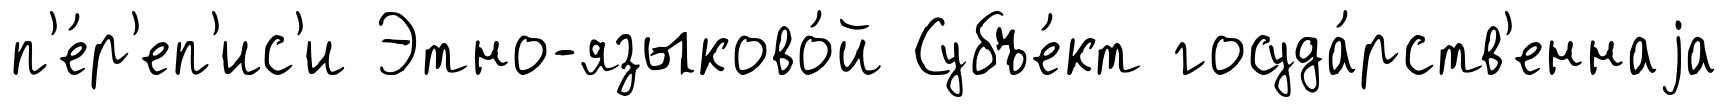
п'е́р'еп'ис'и Этно-языково́й Субъе́кт госуда́рств'еннаjа